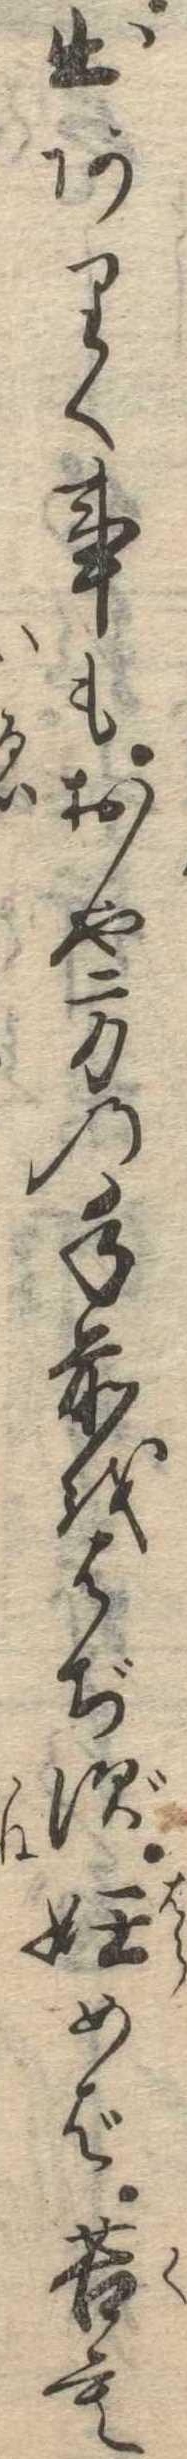
出ありく事もおや方の手前をはぢず妊めば苦も